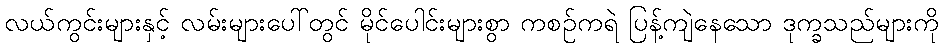
လယ်ကွင်းများနှင့် လမ်းများပေါ်တွင် မိုင်ပေါင်းများစွာ ကစဉ်ကရဲ ပြန့်ကျဲနေသော ဒုက္ခသည်များကို